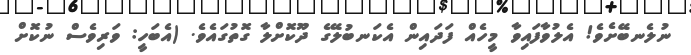
ނުލެނބޭށެވެ! އެލުވާފައިވާ މީހެއް ފަަދައިން އެކަނބުލޭގެ ދޫކޮށްލާ ގޮތުގައެވެ. (އެބަހީ: ވަރިވެސް ނުކޮށް